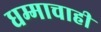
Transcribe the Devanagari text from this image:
धम्माचाही